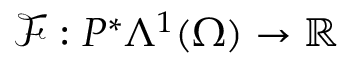
\mathcal { F } : P ^ { \ast } \Lambda ^ { 1 } ( \Omega ) \to \mathbb { R }